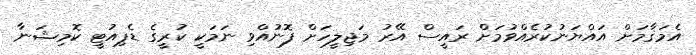
އެމަޤާމަށް އައްޔަނުކުރެއްވުމަށް ރައީސް އޭރު މަޖިލީހަށް ފޮނުއްވި ނަމަކީ ކުރީގެ ޑެޕިއުޓީ ކޮމިޝަނާ